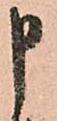
申